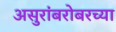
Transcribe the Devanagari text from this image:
असुरांबरोबरच्या